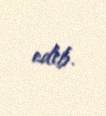
edib.